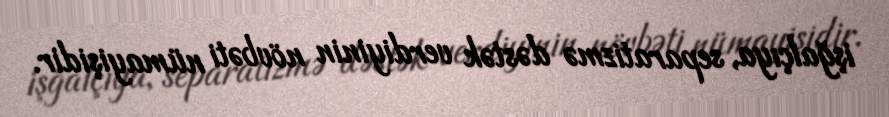
işğalçıya, separatizmə dəstək verdiyinin növbəti nümayişidir.